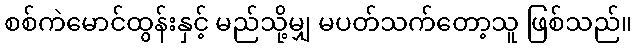
စစ်ကဲမောင်ထွန်းနှင့် မည်သို့မျှ မပတ်သက်တော့သူ ဖြစ်သည်။